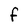
Character: f